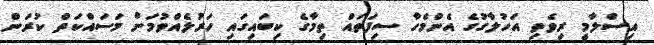
އިސްލާމީ ރިވެތި އަހުލާގުގެ އެންމެހާ ސިފަތައް ތިމާގެ ކިބައިގައި ހަރުލެއްވުމަށް މަސައްކަތް ކުރަން